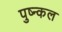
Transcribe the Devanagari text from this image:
पुष्न्कल